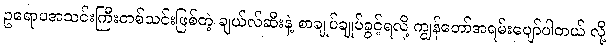
ဥရောပအသင်းကြီးတစ်သင်းဖြစ်တဲ့ ချယ်လ်ဆီးနဲ့ စာချုပ်ချုပ်ခွင့်ရလို့ ကျွန်တော်အရမ်းပျော်ပါတယ် လို့